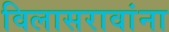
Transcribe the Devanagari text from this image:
विलासरावांना